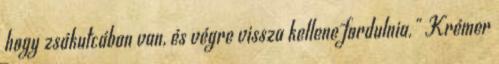
hogy zsákutcában van, és végre vissza kellene fordulnia." Krémer